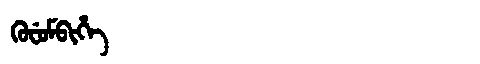
Manchu: ᡴᡠᠸᡠᠮᠪᡳᡥᡝ
Romanization: KUFUMBIHE